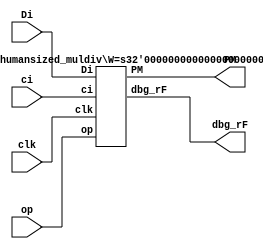
/*
 * This is a multipier/divider that is "human sized" so I can get it 
 * right in midgetv later on.
 */
/* verilator lint_off DECLFILENAME */
/* verilator lint_off WIDTH */
module humansized_muldiv
  # ( parameter W = 4,
      HIGHLEVEL = 1
      )
   (
    input            clk,
    input [4:0]      op,
    input [W-1:0]    Di,
    input            ci,
    output [2*W-1:0] PM,
    output           dbg_rF
    );

   if ( HIGHLEVEL )
          highlevel_humansized_muldiv # (.W(W)) h_inst
            (/*AUTOINST*/
             // Outputs
             .PM                        (PM[2*W-1:0]),
             .dbg_rF                    (dbg_rF),
             // Inputs
             .clk                       (clk),
             .op                        (op[4:0]),
             .Di                        (Di[W-1:0]),
             .ci                        (ci));
   else
          lowlevel_humansized_muldiv # (.W(W)) h_inst
            (/*AUTOINST*/
             // Outputs
             .PM                        (PM[2*W-1:0]),
             .dbg_rF                    (dbg_rF),
             // Inputs
             .clk                       (clk),
             .op                        (op[4:0]),
             .Di                        (Di[W-1:0]),
             .ci                        (ci));
  
endmodule

/////////////////////////////////////////////////////////////////////////////
/* 60 LUTs when W == 8. Can do much better, but this proves the principle.
 *
 * Here I use two cycles per bit, to reflect what will happen in midgetv.
 * 
 * When multiplying, we add when lsb of M is set, and we are in an add cycle.
 * When dividing, the addition is actually a subtraction that determines enable.
 * 
 * 4-to-1 muxes determine what to store in shift registers.
 * 
 */
module highlevel_humansized_muldiv
  # ( parameter W = 8
      )
   (
    input            clk,
    input [4:0]      op,
    input [W-1:0]    Di,
    input            ci,
    output [2*W-1:0] PM,
    output           dbg_rF
    );
   reg [W-1:0]       rP,rM;
   reg               rF;
   
   wire [W-1:0]      cmb_P;//,cmb_M;
   wire              load       = op[0];
   wire [1:0]        shifttype  = op[2:1];
   wire [1:0]        addtype    = op[4:3];
   wire              add;
   wire              cmb_rF;
   reg [W*2:0]       v;  
   wire              Dimsb,Pmsb;
   wire              enable;
   
   assign add =  rM[0] | addtype[1];
   
   assign Pmsb  = addtype[1] ? rF   : (addtype[0] ? rF      : 1'b0);
   assign Dimsb = addtype[1] ? 1'b1 : (addtype[0] ? Di[W-1] : 1'b0);
   assign {cmb_rF,cmb_P} = add ? {Pmsb,rP} + {Dimsb,Di} + {{(W-1){1'b0}},ci} : {Pmsb,rP};

   assign enable = !(addtype[1]&cmb_rF);

   always @(/*AS*/cmb_P or cmb_rF or rF or rM or rP or shifttype)
     case ( shifttype )
       2'b00: v = {cmb_rF, cmb_P,rM[W-1:1],1'b1}; // Addition
       2'b01: v = {1'b0, rF, rP,rM[W-1:1]};       // Shift right logical
       2'b10: v = {rF,   rF, rP,rM[W-1:1]};       // Shift right arithmetic
       2'b11: v = {rP,   rM, 1'b0};               // Shift left logical
     endcase

   always @(posedge clk) 
      if ( enable ) begin
         rF <= load ? 0  : v[W*2]     ;
         rP <= load ? 0  : v[W*2-1:W] ;
         rM <= load ? Di : v[W-1:0]   ;
      end

   assign PM = {rP,rM};
   assign dbg_rF = rF;
endmodule

//   wire              load       = op[0];
//   wire [1:0]        shifttype  = op[2:1];
//   wire [1:0]        addtype    = op[4:3];
//   reg [W-1:0]       ADR_O,rM;
//   reg               rF;
//   wire [W-1:0]      A;
//   wire              add,enable;
//   wire [W-1:0]      DAT_O = Di; // Tmp
//   wire              sa00mod; // TMP
//   wire              acy;
//   wire [W-1:0]      usum,shrADR_O;
//   wire              cmb_F,F2;
//   wire [W-1:0]      cmbM;
//   wire [W-1:0]      shrM;
//   wire              shr_msb = 1'b0; // TMP
//   wire [W-1:0]      shlM = 0; // TMP
//   wire              enM;
//   
//   assign sa00mod = op[4:0] == 5'b00010 ? 1 : 0;
//   
//   assign shrM = {ADR_O[0],rM[W-1:1]};
//   assign shrADR_O = {shr_msb,ADR_O[W-1:1]};
//   assign add = rM[0];
//   //                         load        mult say add                       SRL
//   assign enable = op[4:0] == 5'b00001 || (op[4:0] == 5'b00000 && rM[0]) || (op[4:0] == 5'b00010);
//   assign enM    = op[4:0] == 5'b00001 ||                                   (op[4:0] == 5'b00010);
//   assign A = sa00mod ? shrADR_O : DAT_O;
//   assign {acy,usum} = add ? {1'b0,ADR_O} + {1'b0,A} + {{(W-1){1'b0}},ci} : {1'b0,A};
//
//   always @(/*AS*/A or acy or addtype or rF)
//     case (addtype)
//       2'b00 : cmb_F = acy;
//       2'b01 : cmb_F = A[W-1]^rF^acy;
//       2'b10 : cmb_F = 1'b1^rF^acy;
//       2'b11 : cmb_F = 1'b0; // don't care
//     endcase
//   always @(/*AS*/cmb_F or rF or shifttype)
//     case (shifttype)
//       2'b00 : F2 = cmb_F;
//       2'b01 : F2 = 1'b0;
//       2'b10 : F2 = rF;
//       2'b11 : F2 = ADR_O[W-1];
//     endcase
//   assign cmbM = load ? DAT_O : (DAT_O & shrM) | (~DAT_O & shlM );
//
//   always @(posedge clk) 
//     if ( enable ) begin
//        rF <= F2;
//        ADR_O <= load ? 0 : usum;
//     end
//
//   always @(posedge clk) 
//     if ( enM )
//        rM <= cmbM;
//   
//   assign PM = {ADR_O,rM};
//   assign dbg_rF = rF;
//endmodule

/////////////////////////////////////////////////////////////////////////////
// Module not pursued. If I want a compact solution, go back and
// redefine control. For the prototyping of the midgetv mult/div
// the highlevel is good enough
// 
module lowlevel_humansized_muldiv
  # ( parameter W = 8
      )
   (
    input            clk,
    input [4:0]      op,
    input [W-1:0]    Di,
    input            ci,
    output [2*W-1:0] PM,
    output           dbg_rF
    );

/*
 * 
 * 
 * STB_O_or_ReadM ---+                                         
 *         __        |              sa00mod ---------+          
 * DAT_I -|or|------|1\         __  DAT_O ----+-----|0\         
 * M -----|__|      |  |-------|  |-rDee ----|0\    |  |-- A
 * Dsram -----------|0/        >  |          |  |---|1/         
 *                corerunning -E  | shADR_O--|1/                
 *                            -R__|  
 * 
 * add = rM[0] | addtype[1]
 * enable = !(addtype[1]&cmb_F)
 * 
 *                  addtype
 *                  ||shifttype
 *                  |||| 
 *                  ||||       
 *  OP_UNSIGNED_ADD 0000       
 *  OP_SRL          0001       
 *  OP_SRA          0010       
 *  OP_SLL          0011       
 *  OP_SIGNED_ADD   0100       
 *  OP_UNSIGNED_SUB 1000       
 
 * addtype[1:0]
 * || shifttype[1:0]
 * || || add
 * || || |                                msbs[1:0]
 * || || | Pmsb  Dimsb    cmb_F           | |         F2
 * 00 00 x 0     0        acy            {1,1}        cmb_F
 * 00 01 x 0     0        acy            {1,1}        0
 * 00 10 x 0     0        acy            {1,1}        rF
 * 00 11 x 0     0        acy            {1,1}        ADR_O[3]
 * 01 00 0 rF    A[3]     A[3]^rF^acy    {0,rF}       cmb_F
 * 01 00 1 rF    A[3]     A[3]^rF^acy    {0,rF}       cmb_F
 * 10 00 0 x     x        x
 * 10 00 1 rF    1        1^rF^acy       {1,rF}       cmb_F
 * 11 00 x x     x        x
 * 11 01 x x     x        x
 * 11 1x x x     x        x
 * 
 * 
 * 
 * 
 * 
 * 
 *   Scaled-down and simplified representation of midgetv main ALU datapath.
 * 
 * 
 *                                                                                                             __
 * (                              )                                                                addtype[1]-|& |o----------------- en  (critical path I believe)
 * (                              )                                                                   +-cmb_F-|__|                       
 * (                              )                                                        ___        |        ___           ___         
 * (                              )                                  Dimsb = A[3] --------|I0 |-------+-------|I0 |-- F2 ---|D Q|--- rF  
 * (                              )                                  msbs[0]      --------|I1 |              -|I1 |         >   |        
 * (                              )                                  msbs[1]      --------|I2 |       shty[0]-|I2 |   en   -E   |        
 * (                              )                                                 +-----|I3_|       shty[1]-|I3_|   load -R___|        
 * (                              )                                                 |acy                                                 
 * (                  ___    ___  )            ___               ___               /y\     ___                 ___           ___         
 * (       DAT_I[3] -|I0 |--|D  | )    srmsb -|I0 |  Q[3]     --|I0 |   s_alu[2] --(((----|I0 | B[3]         -|I0 |---------|D Q|        
 * (           M[3] -|I1 |  >   | ) DAT_O[3] -|I1 |  s_alu[0] --|I1 |--------------+((----|I1 |---------------|I1 |         >   |--- Q[3]
 * (       Dsram[3] -|I2 | -E  Q -)- rDee[3] -|I2 |- Di[3]    --|I2 |A[3]  QQ[3] ---(+----|I2 |              -|I2 |   en   -E   |        
 * ( STB_O_or_ReadM -|I3_| -R___| )  sa00mod -|I3_|  s_alu[1] --|I3_|               +-----|I3_|              -|I3_|   load -R___|        
 * (                              )                                                 |                                                    
 * (                  ___    ___  )            ___               ___               /y\     ___                 ___           ___         
 * (       DAT_I[2] -|I0 |--|D  | )     Q[3] -|I0 |  Q[2]     --|I0 |   s_alu[2] --(((----|I0 | B[2]         -|I0 |---------|D Q|        
 * (           M[2] -|I1 |  >   | ) DAT_O[2] -|I1 |  s_alu[0] --|I1 |--------------+((----|I1 |---------------|I1 |         >   |--- Q[2]
 * (       Dsram[2] -|I2 | -E  Q|-)- rDee[2] -|I2 |- Di[2]    --|I2 |A[2]  QQ[2] ---(+----|I2 |              -|I2 |   en   -E   |        
 * ( STB_O_or_ReadM -|I3_| -R___| )  sa00mod -|I3_|  s_alu[1] --|I3_|               +-----|I3_|              -|I3_|   load -R___|        
 * (                              )                                                 |                                                    
 * (                  ___    ___  )            ___               ___               /y\     ___                 ___           ___         
 * (       DAT_I[1] -|I0 |--|D  | )     Q[2] -|I0 |  Q[1]     --|I0 |   s_alu[2] --(((----|I0 | B[1]         -|I0 |---------|D Q|        
 * (           M[1] -|I1 |  >   | ) DAT_O[1] -|I1 |  s_alu[0] --|I1 |--------------+((----|I1 |---------------|I1 |         >   |--- Q[1]
 * (       Dsram[1] -|I2 | -E  Q|-)- rDee[1] -|I2 |- Di[1]    --|I2 |A[1]  QQ[1] ---(+----|I2 |              -|I2 |   en   -E   |        
 * ( STB_O_or_ReadM -|I3_| -R___| )  sa00mod -|I3_|  s_alu[1] --|I3_|               +-----|I3_|              -|I3_|   load -R___|        
 * (                              )                                                 |                                                    
 * (                  ___    ___  )            ___               ___               /y\     ___                 ___           ___         
 * (       DAT_I[0] -|I0 |--|D  | )     Q[1] -|I0 |  Q[0]     --|I0 |   s_alu[2] --(((----|I0 | B[0]         -|I0 |---------|D Q|        
 * (           M[0] -|I1 |  >   | ) DAT_O[0] -|I1 |  s_alu[0] --|I1 |--------------+((----|I1 |---------------|I1 |         >   |--- Q[0]
 * (       Dsram[0] -|I2 | -E  Q|-)- rDee[0] -|I2 |- Di[0]    --|I2 |A[0]  QQ[0] ---(+----|I2 |              -|I2 |   en   -E   |        
 * ( STB_O_or_ReadM -|I3_| -R___| )  sa00mod -|I3_|  s_alu[1] --|I3_|               +-----|I3_|              -|I3_|   load -R___|        
 * (                              )                                                 | alu_carryin                                        
 *                                                                                 /y\     ___                 ___           ___         
 *                                                                         --------(((----|I0 |        M[2]  -|I0 |---------|D Q|--- M[3]
 *                                                               s_alu_carryin[0] -+((----|I1 |        Q[0]  -|I1 |         >   |        
 *                                                               s_alu_carryin[1] --(+----|I2 |    DAT_O[3]  -|I2 |   enm  -E   |        
 *                                                                        ----------(-----|I3_|        load  -|I3_|   clrm -R___|        
 *                                                                                  | prealucyin                                         
 *                                                                                 /y\     ___                 ___           ___         
 *                                                                           ------(((----|I0 |        M[1]  -|I0 |---------|D Q|--- M[2]
 *                                                               raluF ------------+||    |I1 |        M[3]  -|I1 |         >   |        
 *                                                               GND ---------------(+    |I2 |    DAT_O[2]  -|I2 |   enm  -E   |        
 *                                                                                  |     |I3_|        load  -|I3_|   clrm -R___|        
 *                                                                                  VCC                                                  
 *                                                                                                             ___           ___         
 *                                                                                                     M[0]  -|I0 |---------|D Q|--- M[1]
 *                                                                                                     M[2]  -|I1 |         >   |        
 *                                                                                                 DAT_O[1]  -|I2 |   enm  -E   |        
 *                                                                                                     load  -|I3_|   clrm -R___|        
 *                                                                                                                                       
 *                                                                                                             ___           ___         
 *                                                                                               add_npassA  -|I0 |---------|D Q|--- M[0]
 *                                                                                                     M[1]  -|I1 |         >   |   
 *                                                                                                 DAT_O[0]  -|I2 |   enm  -E   |   
 *                                                                                                     load  -|I3_|   clrm -R___|
 *      
 *      sramsb
 *      -------
 *      0
 *      Q[3]
 *      rF
 * 
 *      alu_carryin
 *      ----------
 *      0
 *      1
 *      rF
 *      M[3]
 * 
 *     cmb_fmsb_s
 *     |cmb_fmsb 
 *     ||   cmb_F
 *     --   ----
 *     0x   acy
 *     10   0^acy
 *     11   1^acy
 *  
 * sel_cmb_fmsb
 * |A[3]
 * ||rF  cmb_fmsb
 * 0xx   A[3]^rF
 * 1xx   1^rF
 */
endmodule